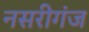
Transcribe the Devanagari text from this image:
नसरीगंज